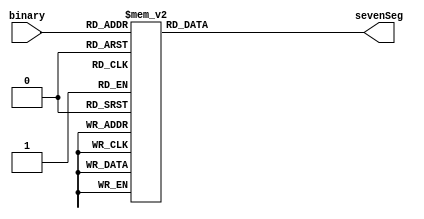
module binary_to_7Seg(binary, sevenSeg);

	input[3:0] binary;
	output reg[6:0]  sevenSeg;
	
	always @(binary) begin
		case (binary)
		4'b0000 : begin sevenSeg = 7'b1000000; end 
		4'b0001 : begin sevenSeg = 7'b1111001; end 
		4'b0010 : begin sevenSeg = 7'b0100100; end 
		4'b0011 : begin sevenSeg = 7'b0110000; end 
		4'b0100 : begin sevenSeg = 7'b0011001; end 
		4'b0101 : begin sevenSeg = 7'b0010010; end 
		4'b0110 : begin sevenSeg = 7'b0000010; end 
		4'b0111 : begin sevenSeg = 7'b1111000; end 
		4'b1000 : begin sevenSeg = 7'b0000000; end 
		4'b1001 : begin sevenSeg = 7'b0010000; end 
		4'b1010 : begin sevenSeg = 7'b0001000; end
		4'b1011 : begin sevenSeg = 7'b0000011; end
		4'b1100 : begin sevenSeg = 7'b1000110; end
		4'b1101 : begin sevenSeg = 7'b0100001; end
		4'b1110 : begin sevenSeg = 7'b0000110; end
		4'b1111 : begin sevenSeg = 7'b0001110; end
		
		default : begin sevenSeg = 7'b1000000; end
	endcase
	end
 
endmodule